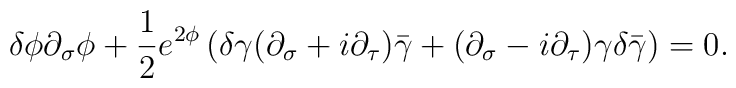
\delta \phi \partial_{\sigma } \phi +\frac{1}{2} e^{2\phi }\left(\delta \gamma (\partial_{\sigma } +i \partial_{\tau })\bar{\gamma } + ( \partial_{\sigma } - i \partial_{\tau } ) \gamma\delta \bar{\gamma }\right) = 0.